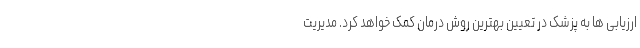
ارزیابی ها به پزشک در تعیین بهترین روش درمان کمک خواهد کرد. مدیریت